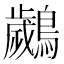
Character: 𮭘